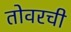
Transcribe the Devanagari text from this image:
तोवरची